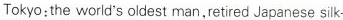
Tokyo:the world's oldest man,retired Japanese silk-y